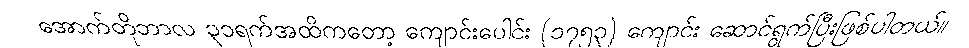
အောက်တိုဘာလ ၃၁ရက်အထိကတော့ ကျောင်းပေါင်း (၁၇၅၃) ကျောင်း ဆောင်ရွက်ပြီးဖြစ်ပါတယ်။